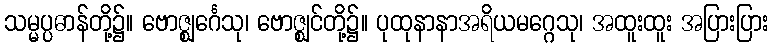
သမ္မပ္ပဓာန်တို့၌။ ဗောဇ္ဈင်္ဂေသု၊ ဗောဇ္ဈင်တို့၌။ ပုထုနာနာအရိယမဂ္ဂေသု၊ အထူးထူး အပြားပြား